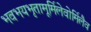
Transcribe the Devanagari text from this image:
भवभयभृतामूर्मिलेवोर्मिलैव